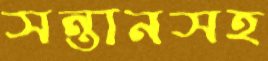
সন্তানসহ